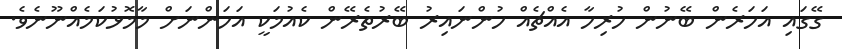
ގޭގައި އަހަރެން ބޭނުން ހުރިހާ އެއްޗެއް ހުންނައިރު ބޭރުތެރޭން ކެއުމަކީ އަހަންނަށް މާމޮޅުކަމެއްނޫނެވެ.